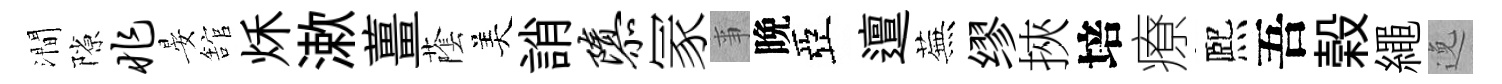
澗隙兆晏舘秌漱薑䕃美誚隳冡亊晩亞邅蕪缪挾培療熈吾榖繩𨓜